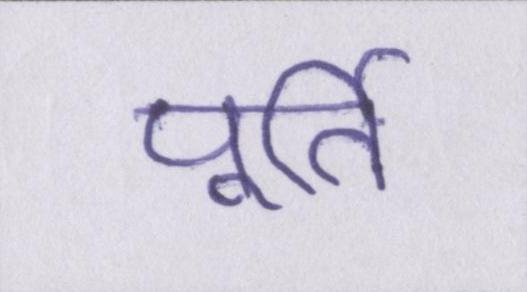
पूर्ति